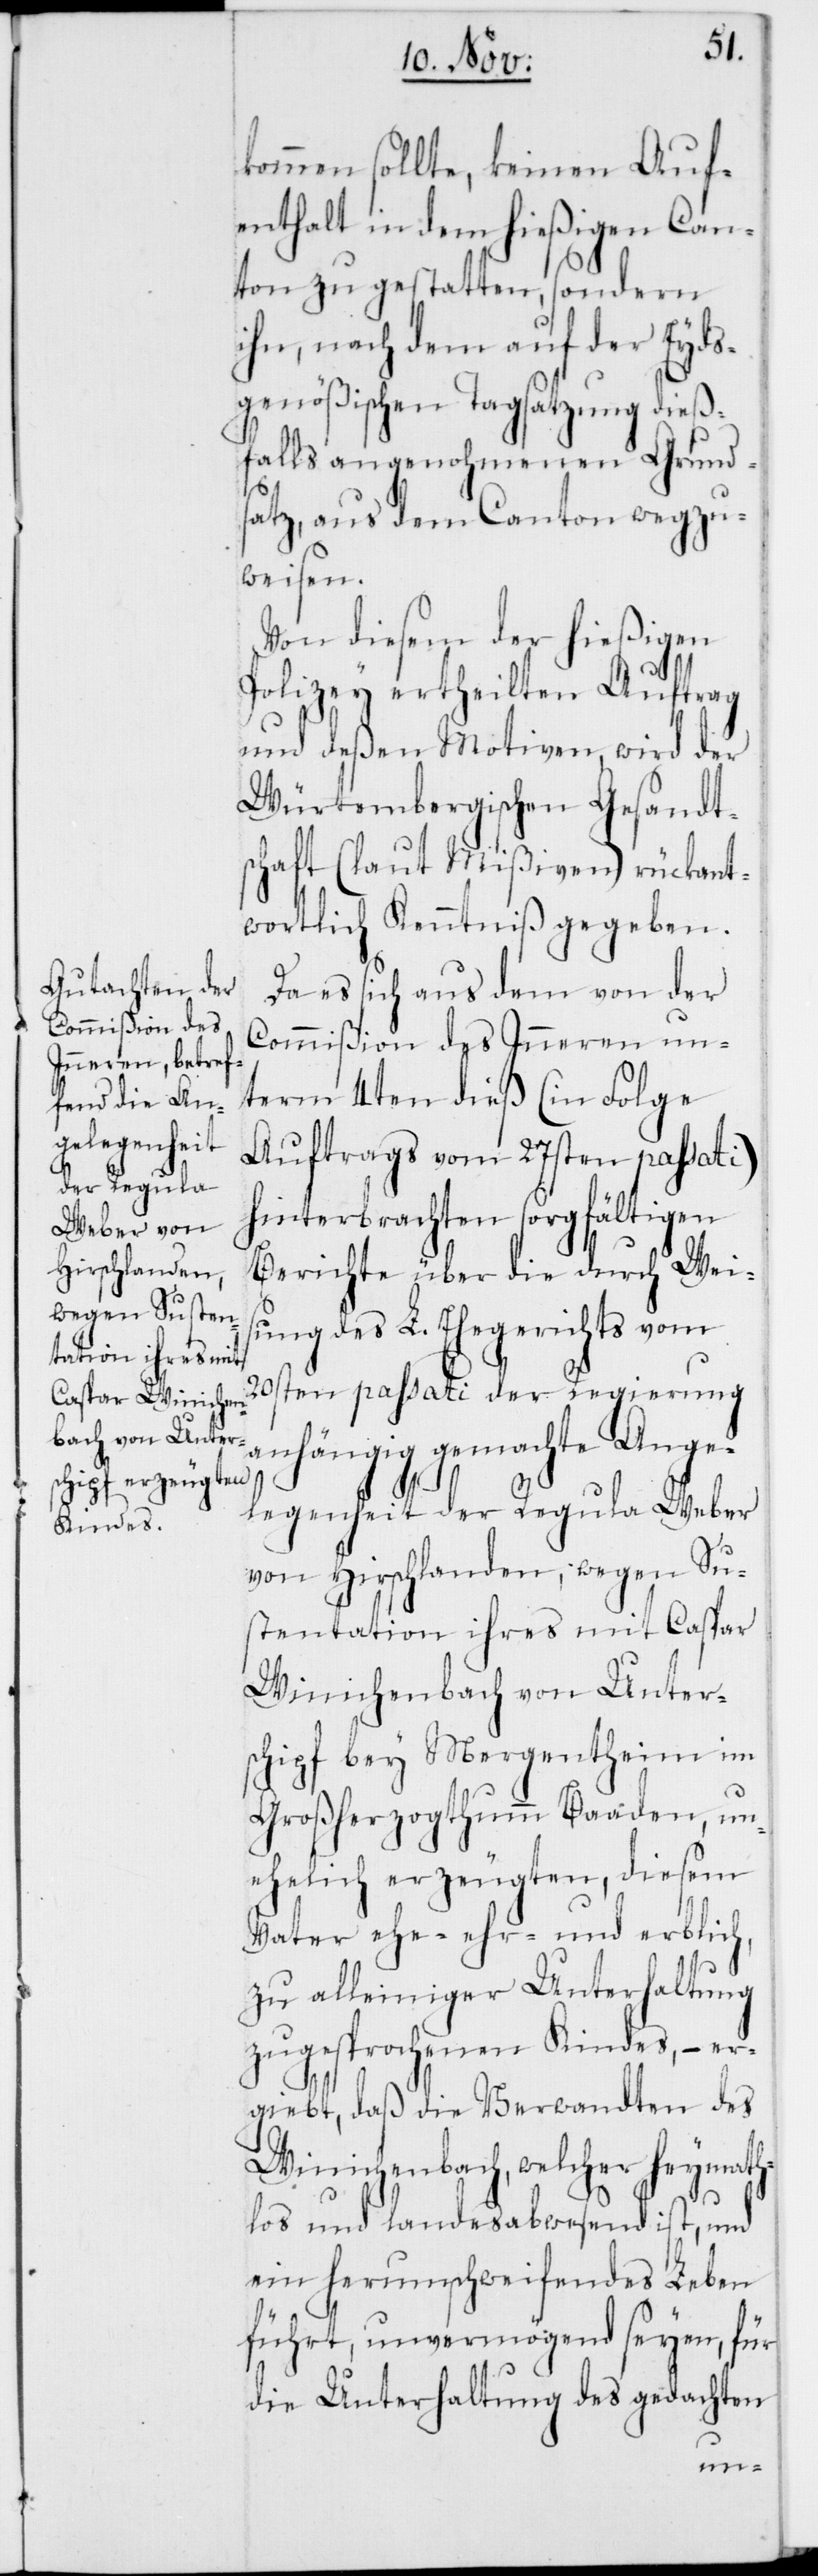
kommen sollte, keinen Auf¬
enthalt in dem hießigen Can¬
ton zu gestatten, sondern
ihn, nach dem auf der Eyds¬
genößischen Tagsatzung dieß¬
falls angenohmenen Grund¬
satz, aus dem Canton wegzu¬
weisen.
Von diesem der hießigen
Polizey ertheilten Auftrag
und deßen Motiven, wird der
Würtembergischen Gesandt¬
schaft (laut Mißiven) rückant¬
wortlich Kenntniß gegeben.
Da es sich aus dem von der
Commißion des Inneren un¬
term 4ten dieß (in Folge
Auftrags vom 27sten passati)
hinterbrachten sorgfältigen
Berichte über die durch Wei¬
sung des L. Ehegerichts vom
20sten passati der Regierung
anhängig gemachte Ange¬
legenheit der Regula Weber
von Hirschlanden, wegen Su¬
stentation ihres mit Caspar
Winichenbach von Unter¬
schipf bey Mergentheim im
Großherzogthumm Baaden, un¬
ehelich erzeugten, diesem
Vater ehe-[,] ehr- und erblich,
zu alleiniger Unterhaltung
zugesprochenen Kindes, – er¬
giebt, daß die Verwandten des
Winichenbach, welcher heymath¬
los und landesabwesend ist, und
ein herumschweifendes Leben
führt, unvermögend seyen, für
die Unterhaltung des gedachten